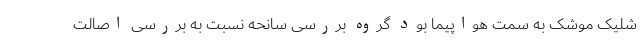
شلیک موشک به سمت هواپیما بود گروه بررسی سانحه نسبت به بررسی اصالت